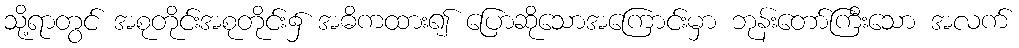
သို့ရာတွင် အစုတိုင်းအစုတိုင်း၌ အဓိကထား၍ ပြောဆိုသောအကြောင်းမှာ ဘုန်းတော်ကြီးသော အလက်